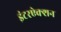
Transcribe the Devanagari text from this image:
इंटरऐक्शन